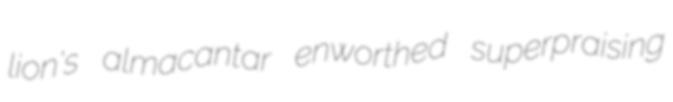
lion's almacantar enworthed superpraising